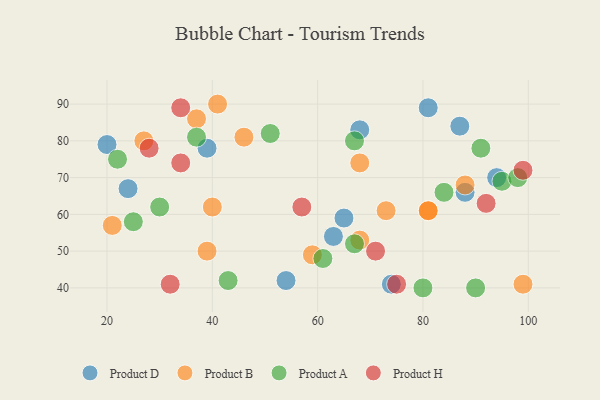
{"axis": {"x": "GDP", "y": "Life Expectancy"}, "legend": ["Product A", "Product B", "Product D", "Product H"], "data": [{"x": "65", "y": 59, "type": "Product D"}, {"x": "87", "y": 84, "type": "Product D"}, {"x": "63", "y": 54, "type": "Product D"}, {"x": "94", "y": 70, "type": "Product D"}, {"x": "39", "y": 78, "type": "Product D"}, {"x": "88", "y": 66, "type": "Product D"}, {"x": "68", "y": 83, "type": "Product D"}, {"x": "74", "y": 41, "type": "Product D"}, {"x": "54", "y": 42, "type": "Product D"}, {"x": "81", "y": 89, "type": "Product D"}, {"x": "24", "y": 67, "type": "Product D"}, {"x": "20", "y": 79, "type": "Product D"}, {"x": "68", "y": 74, "type": "Product B"}, {"x": "40", "y": 62, "type": "Product B"}, {"x": "68", "y": 53, "type": "Product B"}, {"x": "59", "y": 49, "type": "Product B"}, {"x": "88", "y": 68, "type": "Product B"}, {"x": "39", "y": 50, "type": "Product B"}, {"x": "41", "y": 90, "type": "Product B"}, {"x": "21", "y": 57, "type": "Product B"}, {"x": "73", "y": 61, "type": "Product B"}, {"x": "37", "y": 86, "type": "Product B"}, {"x": "99", "y": 41, "type": "Product B"}, {"x": "46", "y": 81, "type": "Product B"}, {"x": "81", "y": 61, "type": "Product B"}, {"x": "27", "y": 80, "type": "Product B"}, {"x": "81", "y": 61, "type": "Product B"}, {"x": "67", "y": 52, "type": "Product A"}, {"x": "43", "y": 42, "type": "Product A"}, {"x": "90", "y": 40, "type": "Product A"}, {"x": "84", "y": 66, "type": "Product A"}, {"x": "51", "y": 82, "type": "Product A"}, {"x": "25", "y": 58, "type": "Product A"}, {"x": "37", "y": 81, "type": "Product A"}, {"x": "95", "y": 69, "type": "Product A"}, {"x": "80", "y": 40, "type": "Product A"}, {"x": "67", "y": 80, "type": "Product A"}, {"x": "61", "y": 48, "type": "Product A"}, {"x": "30", "y": 62, "type": "Product A"}, {"x": "22", "y": 75, "type": "Product A"}, {"x": "98", "y": 70, "type": "Product A"}, {"x": "91", "y": 78, "type": "Product A"}, {"x": "75", "y": 41, "type": "Product H"}, {"x": "92", "y": 63, "type": "Product H"}, {"x": "32", "y": 41, "type": "Product H"}, {"x": "34", "y": 74, "type": "Product H"}, {"x": "71", "y": 50, "type": "Product H"}, {"x": "28", "y": 78, "type": "Product H"}, {"x": "57", "y": 62, "type": "Product H"}, {"x": "99", "y": 72, "type": "Product H"}, {"x": "34", "y": 89, "type": "Product H"}]}